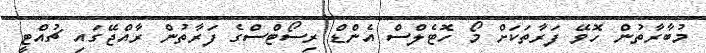
މުބާރާތުން ހޮވޭ ފަރާތަކަށް މޯ ހޮޓެލްސް އެންޑް ރިސޯޓްސްގެ ފަރާތުން ރާއްޖޭގައި ޗުއްޓީ